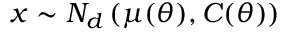
{ \boldsymbol { x } } \sim N _ { d } \left( { \boldsymbol { \mu } } ( { \boldsymbol { \theta } } ) , { \boldsymbol { C } } ( { \boldsymbol { \theta } } ) \right)